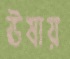
ঊষায়